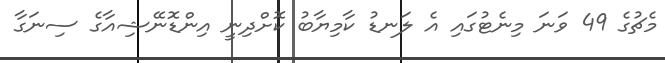
މެޗުގެ 49 ވަނަ މިނެޓުގައި އެ ލަނޑު ކާމިޔާބު ކޮށްދިނީ އިންޑޮނޭޝިއާގެ ސިނަގާ